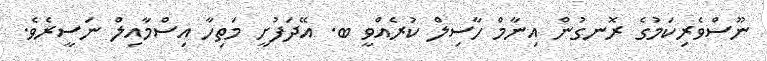
ނޫސްވެރިކަމުގެ ރޮނގުން އިނާމް ހާސިލް ކުރެއްވީ ބ. އޭދަފުށީ މަތިހާ އިސްމާއިލް ނަސީރެވެ.